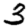
Digit: 3